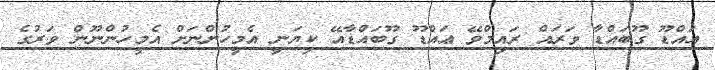
އައްޑޫ ގޫބައްޑާ ވަރައް ރައިމްވޭ ޢައްޑޫ ގޫބައްޑާއޭ ކިޔަނީ އެމީހުންނަށް އެމީހުންނޫން ވަރުގެ